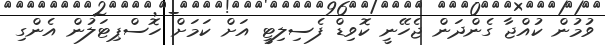
ވުމުން ކުއްޖާ ގެންދަން ޖެހޭނީ ކޮވިޑް ފެސިލިޓީ އަށް ކަމަށް ހޮސްޕިޓަލުން އެންގި